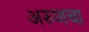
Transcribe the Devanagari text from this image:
अरुणचा